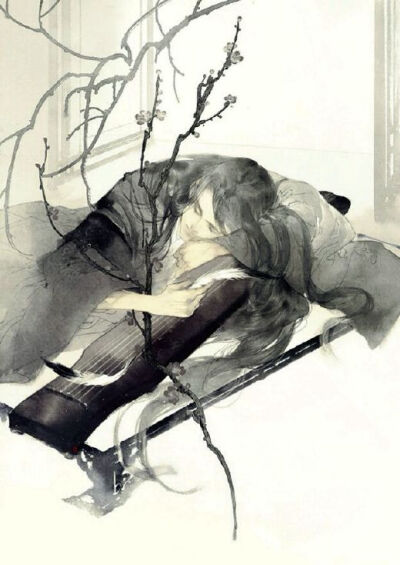
思君如流水，何有穷已时。